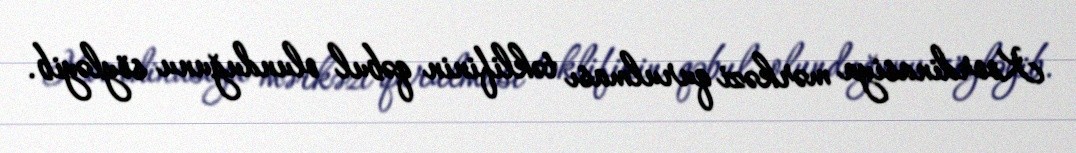
Koordinasiya mərkəzi qurulması təklifinin qəbul olunduğunu söyləyib.